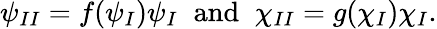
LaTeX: \psi_{II}=f(\psi_{I})\psi_{I}\; \; \mathrm{and}\; \; \chi_{II}=g(\chi_{I})\chi_{I}.